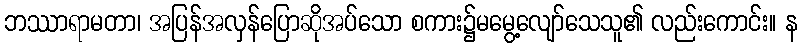
ဘဿာရာမတာ၊ အပြန်အလှန်ပြောဆိုအပ်သော စကား၌မမွေ့လျော်သေသူ၏ လည်းကောင်း။ န